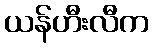
ယန်ဟီးလီက